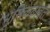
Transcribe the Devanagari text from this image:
भूमिकेबाबत